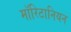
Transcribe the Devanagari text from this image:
मॉरिटानियन